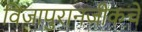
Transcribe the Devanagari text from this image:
विजापुरानजीकचे